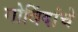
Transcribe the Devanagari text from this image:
गोविंदांचे